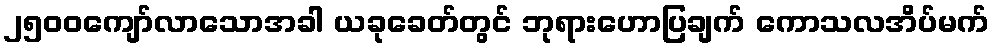
၂၅၀၀ကျော်လာသောအခါ ယခုခေတ်တွင် ဘုရားဟောပြချက် ကောသလအိပ်မက်